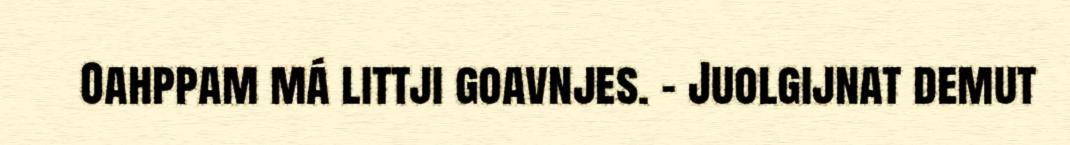
Oahppam má littji goavnjes. – Juolgijnat demut